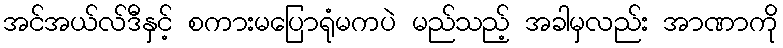
အင်အယ်လ်ဒီနှင့် စကားမပြောရုံမကပဲ မည်သည့် အခါမှလည်း အာဏာကို